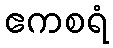
ဧကစရံ